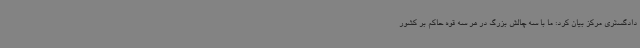
دادگستری مرکز بیان کرد: ما با سه چالش بزرگ در هر سه قوه حاکم بر کشور